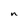
Character: n